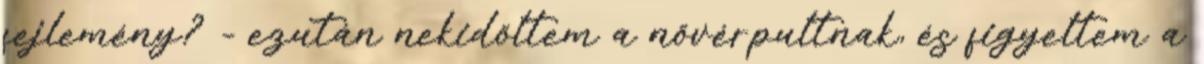
fejlemény? - ezután nekidőltem a nővérpultnak, és figyeltem a